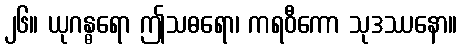
၂၆။ ယုဂန္ဓရော ဤသဓရော၊ ကရဝီကော သုဒဿနော။